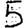
Digit: 5